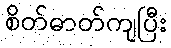
စိတ်ဓာတ်ကျပြီး